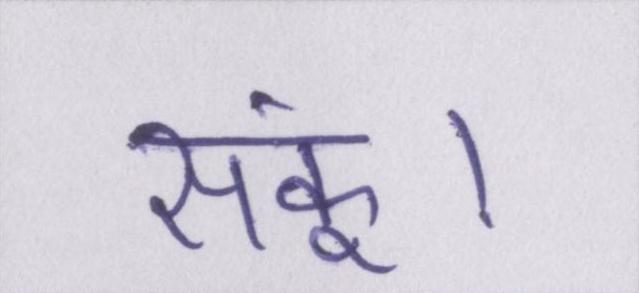
सकूं।